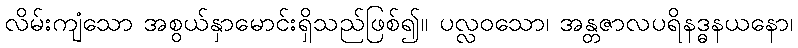
လိမ်းကျံသော အစွယ်နှာမောင်းရှိသည်ဖြစ်၍။ ပလ္လဝသော၊ အန္တဇာလပရိနဒ္ဓနယနော၊